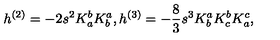
h ^ { ( 2 ) } = - 2 s ^ { 2 } K _ { a } ^ { b } K _ { b } ^ { a } , h ^ { ( 3 ) } = - \frac { 8 } { 3 } s ^ { 3 } K _ { b } ^ { a } K _ { c } ^ { b } K _ { a } ^ { c } ,